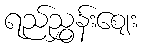
ရည်ညွှန်းဈေး